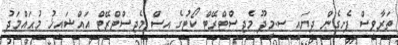
ތަރާވީސް ފެށިގެން ދިޔައީ ސ.މީދޫ މެޖިސްޓްރޭޓް ކޯޓުގެ އިސް މެޖިސްޓްރޭޓް އައްޝައިޚު މުޙައްމަދު